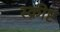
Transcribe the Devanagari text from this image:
स्क्रीप्ट